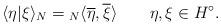
LaTeX: \begin{align*}\langle \eta| \xi \rangle_N = {}_N\langle \overline{\eta}, \overline{\xi}\rangle \qquad\eta, \xi \in H^\circ.\end{align*}